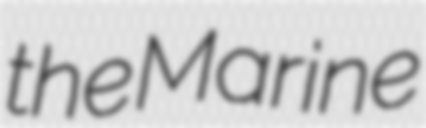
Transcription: the Marine